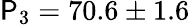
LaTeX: \mathsf{P}_{3}=70.6\pm1.6